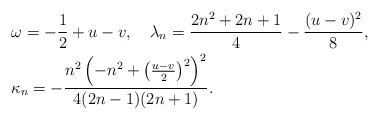
\begin{align*}&\omega=-\frac 12+u-v,\quad\lambda_n=\frac{2n^2 + 2n + 1}{4}-\frac{(u-v)^2}{8},\\&\kappa_n=-\frac{n^2 \left(- n^2 + \left(\frac{ u-v}{2}\right)^2\right)^2 }{4 (2 n - 1) (2 n + 1)}.\end{align*}